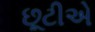
છૂટીએ